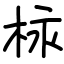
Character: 柡